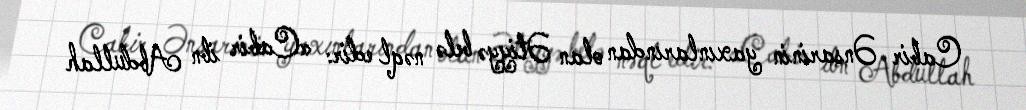
Cabir Ənsarinin yaxınlarından olan Ətiyyə belə nəql edir: «Cabir ibn Abdullah